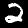
Label: 2